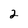
Character: 2